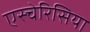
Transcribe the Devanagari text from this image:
एस्चेरिसिया